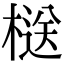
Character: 㮸